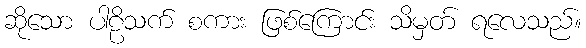
ဆိုသော ပါဠိသက် စကား ဖြစ်ကြောင်း သိမှတ် ရလေသည်။